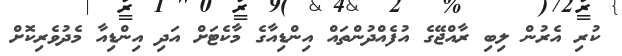
ކުރި އެރުން ލިބި ރާއްޖޭގެ އުފެއްދުންތައް އިންޑިއާގެ މާކެޓަށް އަދި އިންޑިއާ މެދުވެރިކޮށް